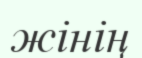
жінің